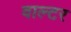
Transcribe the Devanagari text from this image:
वाल्‍टर